Bombay plague: being a history of the progress of plague in the Bombay presidency from September 1896 to June 1899
Year: 1896
Disease focus: Plague
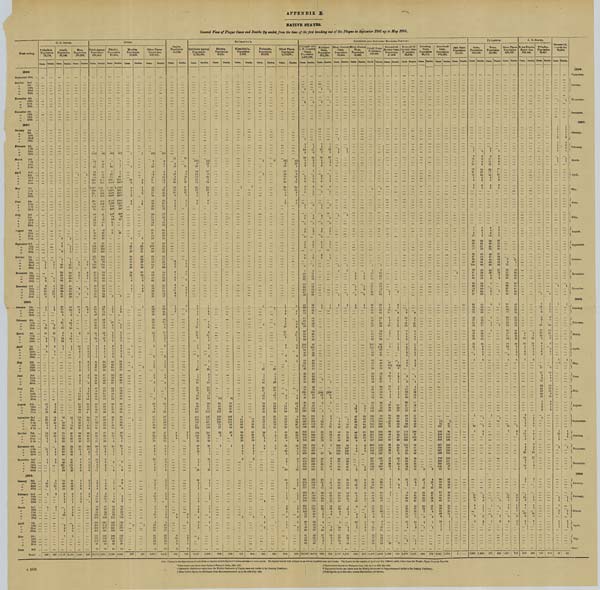
APPENDIX E.
NATIVE STATES.
General new of Plague Cases and Deaths (by weeks) from the time of the first breaking out of the Plague in September 1896 up to May 1899.
Week ending
C. D. STATES.
† Akalkot.
Population
75,774.
Cases. Deaths.
Aundh.
Population
65,146.
Cases. Deaths.
Bhor.
Population
155,669.
Cases. Deaths.
CuTcH.
Cutch Agency.
Population
558,415
Cases. Deaths.
Mándvi.
Population
38,155.
Cases. Deaths.
Mundra.
Population
10,433.
Cases.
Deaths.
Other Places.
Population
509 827.
Cases.
Deaths.
Janjira.
Population
81,780.
Cases.
Deaths.
KA'THIA'WA'R.
Káthiáwár Agency.
Population
2,752,404.
Cases.
Deaths.
Bántwa.
Population
8,321.
Cases.
Deaths.
Khambhalia.
Population
9,307.
Cases.
Deaths.
Porbandar.
Population
18,075.
Cases.
Deaths.
Other Places.
Population
2,716,701.
Cases.
Deaths.
KOLHÁPUR AND SOUTHERN MARÁTHA COUNTRY.
Kolhápur and
S. M. Country
States.
Population
1,562,029.
Cases. Deaths.
Kolhápur
State.
Population
913,131.
Cases. Deaths.
Miraj (Senior)
State
Population
88,343.
Cases. Deaths.
Miraj (Junior)
State.
Population
35,487.
Cases. Deaths.
Sángli State.
Population
238,945.
Cases. Deaths.
Kurundvád
(Senior) State.
Population
43 809.
Cases. Deaths.
Kurundvád
(Junior) State.
Population
32,528.
Cases Deaths.
Rámdurg
State.
Population
36,181.
Cases. Deaths.
Jamkhindi
State.
Population
102,162.
Cases. Deaths.
Jath State.
Population
71,443.
Cases. Deaths.
PA'LANPUR.
State.
Population
283,319.
Cases. Deaths.
Town.
Population
21,092.
Cases. Deaths.
Other Places.
Population
262,227.
Cases. Deaths.
N. D. STATES.
Rewa Kántha.
Population
733,506.
Cases. Deaths.
¶ Sachin.
Population
19,337.
Cases. Deaths.
Sávantvádi.
Population
92,948.
Cases. Deaths.
1896.
September 25th
October 2nd
"
9th
" 16th
" 23rd
"
30th
November 6th
" 13th
"
20th
"
27th
December 4th
" 11th
"
18th
"
25th
1
1
1
1
1
1
1
1
1
1
1896.
September.
October.
November.
December.
1897.
January 1st
"
8th
"
15th
"
22nd
"
29th
February 5th
"
12th
"
19th
"
26th
March
5th
" 12th
" 19th
" 26th
April
2nd
"
9th
"
16th
" 23rd
"
30th
May
7th
" 14th
" 21st
" 28th
June
4th
"
11th
"
18th
" 25th
July
2nd
"
9th
"
16th
"
23rd
"
30th
August
6th
" 13th
"
20th
" 27th
September 3rd
"
10th
" 17th
" 24th
October 1st
"
8th
"
15th
"
22nd
"
29th
November 5th
"
12th
"
19th
"
26th
December 3rd
"
10th
" 17th
"
24th
"
31st
2
9
1
8
2
9
12
16
12
6
2
3
1
4
4
6
8
12
10
8
2
2
2
9
8
1
49
35
69
96
78
64
78
69
48
31
41
2
2
1
2
7
1
23
13
58
83
60
44
41
42
32
26
20
2
3
3
3
1
2
2
2
3
3
3
1
2
1
115
13
7
31
12
38
83
389
335
1,308
860
622
4 5
366
199
104
73
64
22
24
30
33
6
44
56
64
57
152
125
119
133
117
90
132
100
91
91
52
74
43
54
29
28
34
90
10
10
15
10
15
76
3
5
284
1,18
836
535
343
308
203
98
50
51
6
19
15
2
36
35
36
43
51
123
120
100
104
103
73
106
95
76
75
48
62
32
35
23
24
30
49
4
1
20
7
16
73
353
305*
1,288*
829*
590*
369*
327*
157*
75*
48*
44*
8*
0*
8
2
1
3
3
26
1
4
7
7
7
62
298
260*
1,168*
804*
500*
300*
274*
160*
77*
33*
34*
1*
11*
12
3
1
1
12
9
8
3
1
2
4
2
6
3
49
27
53
64
45
47
48
53
39
28
9
9
2
4
1
1
3
9
7
5
2
1
2
4
2
29
23
41
42
36
37
34
46
28
18
5
9
2
4
2
65
9
6
10
5
22
10
2
21
12
28
31
44
35
40
29
25
20
14
14
22
31
60
41
56
58
54
103
98
66
69
72
43
84
47
52
63
43
65
41
50
28
28
31
63
9
6
8
3
8
14
24
15
6
27
33
43
33
41
21
17
17
15
8
15
20
36
23
36
39
49
94
97
59
62
67
36
72
49
48
57
43
53
30
31
21
24
27
11
3
15
4
13
4
22
60
58
46
38
6
5
1
2
1
10
9
3
6
1
3
1
3
2
11
6
4
10
11
6
3
10
2
27
31
34
17
4
4
1
1
5
6
4
3
1
2
1
6
9
1
101
6
13
19
12
23
11
19
31
15
2
3
4
2
48
10
7
17
9
15
5
13
25
10
3
1
3
1
1
1
9
2
6
92
6
13
19
10
23
11
19
30
15
2
3
4
2
42
10
7
17
9
15
5
13
24
10
3
1
3
1
1
1
4
14
8
18
5
4
5
8
8
6
3
1
4
4
1
3
1
5
4
3
3
3
1
2
2
2
3
8
25
31
27
15
28
25
47
43
1
4
11
6
20
3
3
3
1
6
5
3
4
1
2
1
2
1
2
3
2
2
1
2
2
1
1
3
2
5
11
31
19
15
16
25
34
35
1
4
13
7
18
5
4
5
8
8
6
3
4
4
1
2
1
5
4
3
3
3
1
2
2
2
1
4
10
5
20
3
3
3
1
6
5
3
4
2
1
2
2
3
2
2
1
2
2
1
1
3
1
1
1
1
2
4
1
1
1
1
1
3
1
2
9
2
1
4
5
1
8
2
1
3
3
1
1
4
22
22
25
15
27
21
44
36
1
1
2
10
23
17
15
15
22
33
31
3
1
2
1
3
7
9
10
11
21
23
27
16
8
2
2
2
8
4
6
13
39
49
85
78
49
47
50
69
103
89
81
41
40
33
50
83
77
57
4
6
8
4
8
18
17
15
5
2
2
1
1
6
1
9
26
24
51
50
31
24
39
44
60
56
56
33
25
26
32
63
60
39
3
7
9
10
11
21
23
27
16
8
2
2
2
8
4
6
13
39
49
85
78
49
47
44
65
90
44
29
9
2
1
1
3
1
4
6
8
4
8
18
1
15
5
2
2
1
1
6
1
9
26
24
51
50
31
24
28
40
59
37
12
7
4
1
6
4
13
45
52
32
38
32
50
82
74
56
11
4
1
19
44
26
21
26
32
63
59
39
1
2
1
1
2
1
9
5
1
1
1
1
2
1
1
2
1
8
5
1
1
1
1
1
2
1
1897.
January.
February.
March.
April.
May.
June.
July.
August.
September.
October.
November.
December.
1898.
January 7th
" 14th
"
21st
"
28th
February 4th
" 11th
"
18th
"
25th
March
4th
" 11th
" 18th
" 25th
April
1st
" 8th
"
15th
" 22nd
"
29th
May
6th
"
33th
"
20th
"
27th
June
3rd
" 10th
" 17th
" 24th
July
1st
" 8th
" 15th
" 22nd
"
29th
August
5th
" 12th
" 19th
" 26th
September 2nd
"
9th
" 16th
"
23rd
"
30th
October 7th
" 14th
"
21st
"
28th
November 4th
"
11th
"
18th
"
25th
December 2nd
"
9th
"
16th
" 23rd
"
30th
1
1
3
26
11
8
5
3
8
11
5
20
33
37
30
18
9
9
18
12
8
1
11
5
2
1
4
1
2
3
15
12
5
7
2
7
1
8
6
9
26
28
21
20
6
8
14
10
7
2
5
4
2
2
3
38
18
16
4
7
21
7
15
5
7
18
13
1
1
16
10
19
20
24
29
53
13
38
36
39
64
70
42
181
51
30
18
7
6
4
16
7
10
8
8
14
9
1
1
12
1
8
10
22
22
26
32
11
24
27
25
45
51
21
129
51
34
28
21
5
4
2
14
9
6
1
5
3
1
3
6
6
1
2
1
5
4
13
15
32
52
46
58
62
113
49
31
55
95
56
85
49
22
25
11
1
6
7
2
2
5
8
21
5
4
2
7
8
5
2
5
2
3
1
7
5
2
3
4
2
12
8
25
34
44
48
4
84
44
27
45
75
39
61
41
17
20
12
2
7
2
4
1
4
6
88
64
28
50
23
26
15
16
14
7
14
8
9
4
2
5
9
45
43
67
81
60
48
58
35
19
34
38
36
33
50
30
48
98
77
43
62
89
90
56
39
22
17
20
8
17
11
10
4
2
5
11
59
57
29
33
16
16
11
10
12
7
12
8
8
5
2
4
4
33
30
39
63
47
41
48
28
17
19
33
25
29
37
26
36
66
67
30
45
79
61
57
34
21
16
15
9
6
4
9
5
4
2
8
1
2
3
10
3
1
1
2
7
1
6
4
2
5
6
44
42
64
81
55
46
58
28
18
33
38
36
29
36
22
39
54
30
20
30
45
22
14
19
6
5
14
6
8
7
3
1
6
1
1
3
2
1
1
2
8
1
5
5
2
4
2
32
29
36
63
42
39
48
22
16
19
33
25
26
26
21
29
38
30
18
20
35
14
10
13
6
5
11
7
1
3
3
1
4
1
1
1
1
1
1
1
86
62
25
50
23
16
12
15
13
5
7
7
2
2
1
1
2
5
2
7
1
1
4
14
8
9
44
47
22
26
44
68
42
20
16
12
6
2
9
4
10
1
2
4
5
57
56
26
33
16
16
9
9
11
5
4
7
3
2
1
1
2
5
2
6
1
3
11
5
7
28
37
12
25
44
47
47
21
15
11
4
2
5
1
9
2
4
1
4
1
2
1
2
2
3
4
4
2
4
1
2
1
4
5
1
3
5
15
11
11
6
3
2
2
1
1
4
39
1
3
12
45
35
13
2
15
34
61
86
107
187
218
296
197
15
132
124
103
61
28
27
10
13
7
5
2
1
20
1
1
4
4
4
3
6
3
11
1
1
2
2
2
1
1
28
2
2
1
33
24
12
3
11
18
38
52
75
119
147
171
162
117
104
104
89
48
29
20
7
7
4
11
3
1
1
13
19
34
42
38
119
153
247
120
75
57
25
3
1
8
14
20
22
60
103
134
111
52
40
26
8
1
4
12
13
26
40
39
46
40
18
3
3
2
1
2
10
13
26
35
35
38
30
16
2
2
2
1
2
1
2
1
4
39
1
3
12
45
35
11
2
13
12
18
30
45
44
49
15
17
17
13
12
11
9
2
2
3
1
1
28
2
2
1
33
24
11
3
10
7
14
24
39
42
35
14
12
12
11
8
8
7
4
2
2
1
1
4
5
1
3
3
15
11
11
6
3
2
2
1
2
2
3
9
14
24
24
12
22
47
32
22
48
43
12
8
21
4
11
6
3
2
1
20
1
4
4
4
2
6
3
11
1
1
2
2
2
1
1
1
3
10
8
14
17
9
13
26
27
18
35
35
11
9
15
3
5
3
9
3
1
1
13
47
40
48
73
61
60
101
96
95
84
70
64
113
154
84
48
35
66
61
121
39
29
34
46
44
56
56
324
62
49
66
97
174
231
341
343
427
488
742
722
702
753
702
728
730
554
679
470
458
439
384
320
30
28
31
47
58
42
82
75
70
81
57
56
87
120
77
44
30
46
55
65
31
21
30
23
30
43
39
280
55
38
41
57
114
169
221
231
300
310
489
545
560
559
550
523
526
476
508
380
327
346
280
257
1
1
1
‡243
17
3
3
2
5
8
13
15
41
32
17
18
13
7
47
10
11
18
21
11
1
1
1
‡210
14
6
1
1
4
7
8
11
31
21
19
12
11
7
31
6
8
9
18
4
1
1
9
16
42
45
63
92
69
103
179
156
161
86
81
71
58
64
1
1
4
16
37
39
57
74
65
80
127
128
123
72
54
57
42
51
3
3
3
13
8
47
61
62
44
67
46
51
20
6
8
5
3
7
2
4
4
3
9
7
26
42
47
34
43
38
48
24
6
5
6
2
4
2
39
30
31
53
50
43
85
69
22
22
31
42
48
3
69
55
82
59
75
64
62
109
138
77
45
33
62
74
52
53
85
112
69
41
28
44
40
46
31
25
20
22
43
40
41
28
34
18
20
34
51
106
138
160
161
213
200
275
281
221
277
257
230
184
160
174
147
107
24
22
16
21
21
27
34
19
35
16
16
28
27
59
103
98
110
144
128
162
208
193
193
209
179
150
127
137
107
70
138
89
128 102
127
98
3
2
6
11
11
1
8
1
2
2
3
5
2
13
8
4
5
3
2
1
1
1
1
8
1
4
2
19
7
87§ 38§
14
9
9
10
2
1
10
11
9
6
6
3
22
38
56
60
63
50
71
79
68
45
57
52
63
50
38
11
16
18
24
13
5
5
8
2
1
5
7
6
7
5
11
29
37
36
37
36
40
49
50
34
38
36
35
36
27
8
12
7
14
8
6
4
9
10
9
11
14
9
6
5
2
3
8
7
3
2
4
2
3
2
3
5
17
38
21
20
26
21
17
27
69
49
75
66
131
110
111
105
103
110
78
56
50
35
43
24
16
17
3
8
8
11
12
6
5
4
2
1
4
6
3
2
2
2
3
1
1
4
13
29
18
11
11
16
17
21
57
34
59
40
95
106
97
100
85
82
61
53
40
28
31
26
19
15
9
6
15
76
107
140
194
184
202
207
234
141
236
176
198
164
141
85
2
41
72
83
112
118
138
135
146
139
169
155
157
151
87
75
64
34
43
72
46
17
24
24
72
43
31
23
18
14
7
4
1
43
28
25
35
37
10
22
11
41
34
19
16
14
9
5
2
4
1
3
1
1
1
1
1
1
61
34
43
72
45
17
23
23
71
43
31
23
18
14
7
4
1
42
28
25
35
37
10
22
10
41
34
19
16
14
9
5
2
4
1
1
18
7
1
7
8
1
1
1
18
7
7
8
1
5
1
15
16
3
7
8
5
1
6
11
3
6
9
8
11
6
4
4
6
6
25
18
8
8
13
2
3
2
10
13
5
5
5
6
3
4
6
3
6
6
8
6
4
3
3
4
3
16
15
4
7
9
1
7
10
8
9
6
9
1
28
72
17
12
5
6
1
4
6
2
11
17
4
6
12
32
60
49
22
16
7
5
3
2
1
1
6
8
7
6
8
26
43
24
6
7
5
3
4
1
3
18
4
3
4
10
27
16
9
14
4
2
4
2
1
1
1
15
1
1
2
1
1
1
4
1
1
1898.
January.
February.
March.
April.
May.
June.
July.
August.
September.
October.
November.
December.
1899.
January 6th
"
13th
" 20th
" 27th
February 3rd
" 10th
" 17th
"
24th
March
3rd
" 10th
" 17th
" 24th
" 31st
April
7th
"
14th
" 21st
" 28th.
May
5th
" 12th
" 19th
" 26th
June
2nd
4
30
11
2
5
1
4
12
11
1
2
3
1
24
30
40
14
2
3
4
1
1
5
10
7
5
3
1
25
22
19
12
6
2
5
1
2
3
3
3
3
5
2
2
1
4
2
5
5
1
3
3
2
2
3
5
2
4
4
4
6
3
5
4
18
11
15
33
38
61
106
175
201
318
300
242
181
179
113
49
26
7
4
2
5
3
13
11
7
21
36
36
82
113
151
222
223
191
155
133
103
43
28
1
2
1
4
1
4
5
14
31
33
55
96
173
196
279
234
189
146
146
50
26
18
2
2
4
4
5
7
18
32
32
74
110
146
191
175
144
118
112
51
28
15
2
1
3
4
2
1
3
14
6
1
2
5
6
10
2
5
37
66
53
35
33
63
23
8
5
2
2
1
3
9
6
3
4
4
8
3
5
30
48
47
37
21
52
15
13
4
3
9
14
6
2
2
2
3
1
6
9
7
2
3
10
4
1
1
1
1
1
2
2
3
5
5
2
3
3
1
8
2
1
1
1
1
1
2
4
4
2
1
1
1
1
2
1
1
2
1
10
4
1
1
1
1
1
2
3
5
3
1
3
1
1
8
2
1
1
1
1
1
2
4
3
1
1
1
301
284
201
227
272
263
240
239
207
158
100
78
37
60
11
43
55
47
42
39
65
236
216
159
161
200
182
192
170
171
125
89
55
20
33
16
33
37
43
33
25
45
10
22
3
17
39
36
24
13
24
20
7
6
1
4
8
25
17
5
3
7
7
13
4
14
31
25
25
12
16
20
4
7
18
13
8
2
5
56
68
42
26
26
32
24
14
10
18
3
4
1
14
11
17
20
14
9
36
48
30
19
12
20
26
9
8
16
2
3
8
6
15
12
7
10
15
7
12
9
11
4
8
10
3
9
9
6
8
9
6
5
7
3
5
5
12
1
2
5
2
7
1
2
1
96
98
88
104
88
89
86
78
57
43
29
9
4
13
6
13
17
13
17
20
29
74
66
78
68
60
67
53
59
38
31
28
8
3
6
9
12
11
15
13
15
20
6
1
3
2
2
1
20
4
2
4
9
21
2
2
9
24
30
56
47
30
32
29
14
17
3
4
2
12
8
5
10
21
29
41
55
28
23
17
8
14
1
2
1
1
17
8
7
34
26
29
23
23
30
18
7
5
1
1
9
13
4
25
22
17
19
12
27
11
8
4
1
1
80
78
44
35
71
48
45
45
36
29
22
25
8
12
1
1
2
85
59
30
23
56
26
35
30
24
19
24
18
3
5
5
1
1
15
10
2
8
2
5
5
6
9
2
1
7
1
3
5
1
1
1
2
1
1
1
1
2
15
10
1
7
2
3
4
6
9
1
1
6
1
2
3
1
2
1
1
14
2
3
1
66
6
6
1
3
1
1
1
9
8
2
2
40
8
6
1
1
1
1
2
1
1
1
1
1
1
2
1
1
1
1
January.
February.
March.
April.
May.
June.
1899
Total
430 328 1,742 1,250 1,040
836 10,775 8,911 7,323 6,082
537
395
2,915
2,434
403
263
2,417
1,699
933
599
251
214
485
365
748
521 16,155 12,072 970 764 1,717 1,323
576 452 6,493 4,858 1,200
744 1,878 1,528
238
179 3,082 2,224
1
1,902 1,254
821
509 1,081
745 318 242 451
276
59
43
B 1659
Note—Figures in the first column of each State or Agency include figures for towns and also for other places. The figures include both indigenous as well as imported cases and deaths. The figures for the months of April and May 1899 are partly taken from the Weekly Plague Progress Reports.
* These figures are taken from Nathan's Plague in India, 1896,
1897.
§
These
include
figures for Wategaon from 11th April to 20th May 1898.
† Figures for Akalkot are taken from the Weekly Statement of Plague cases and deaths in the Bombay Presidency.
¶
Figures
for
Sachin are taken from the Weekly Statement of Plague cases and deaths in the Bombay Presidency.
‡ These include figures for Khidrapur from the commencement up to the 15th July
1898.
Total figures up to this date, correct distribution not known.
1
1